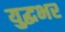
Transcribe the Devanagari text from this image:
युद्धभर